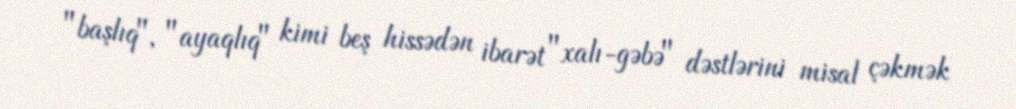
"başlıq", "ayaqlıq" kimi beş hissədən ibarət "xalı-gəbə" dəstlərini misal çəkmək